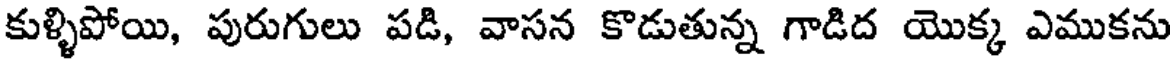
కుళ్ళిపోయి, పురుగులు పడి, వాసన కొడుతున్న గాడిద యొక్క ఎముకను